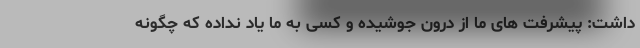
داشت: پیشرفت های ما از درون جوشیده و کسی به ما یاد نداده که چگونه